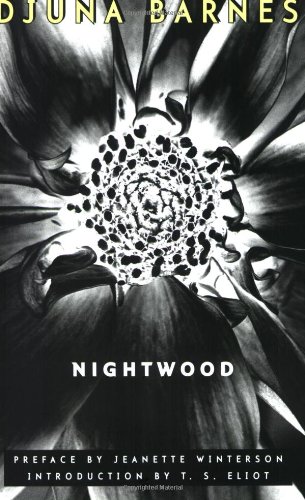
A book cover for Nightwood (New Edition); Djuna Barnes; Literature & Fiction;